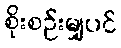
စိုးစဉ်းမျှပင်